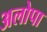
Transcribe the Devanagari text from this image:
अलोपा